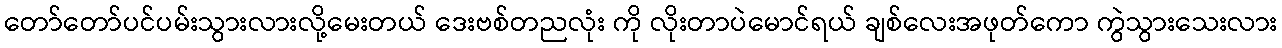
တော်တော်ပင်ပမ်းသွားလားလို့မေးတယ် ဒေးဗစ်တညလုံး ကို လိုးတာပဲမောင်ရယ် ချစ်လေးအဖုတ်ကော ကွဲသွားသေးလား